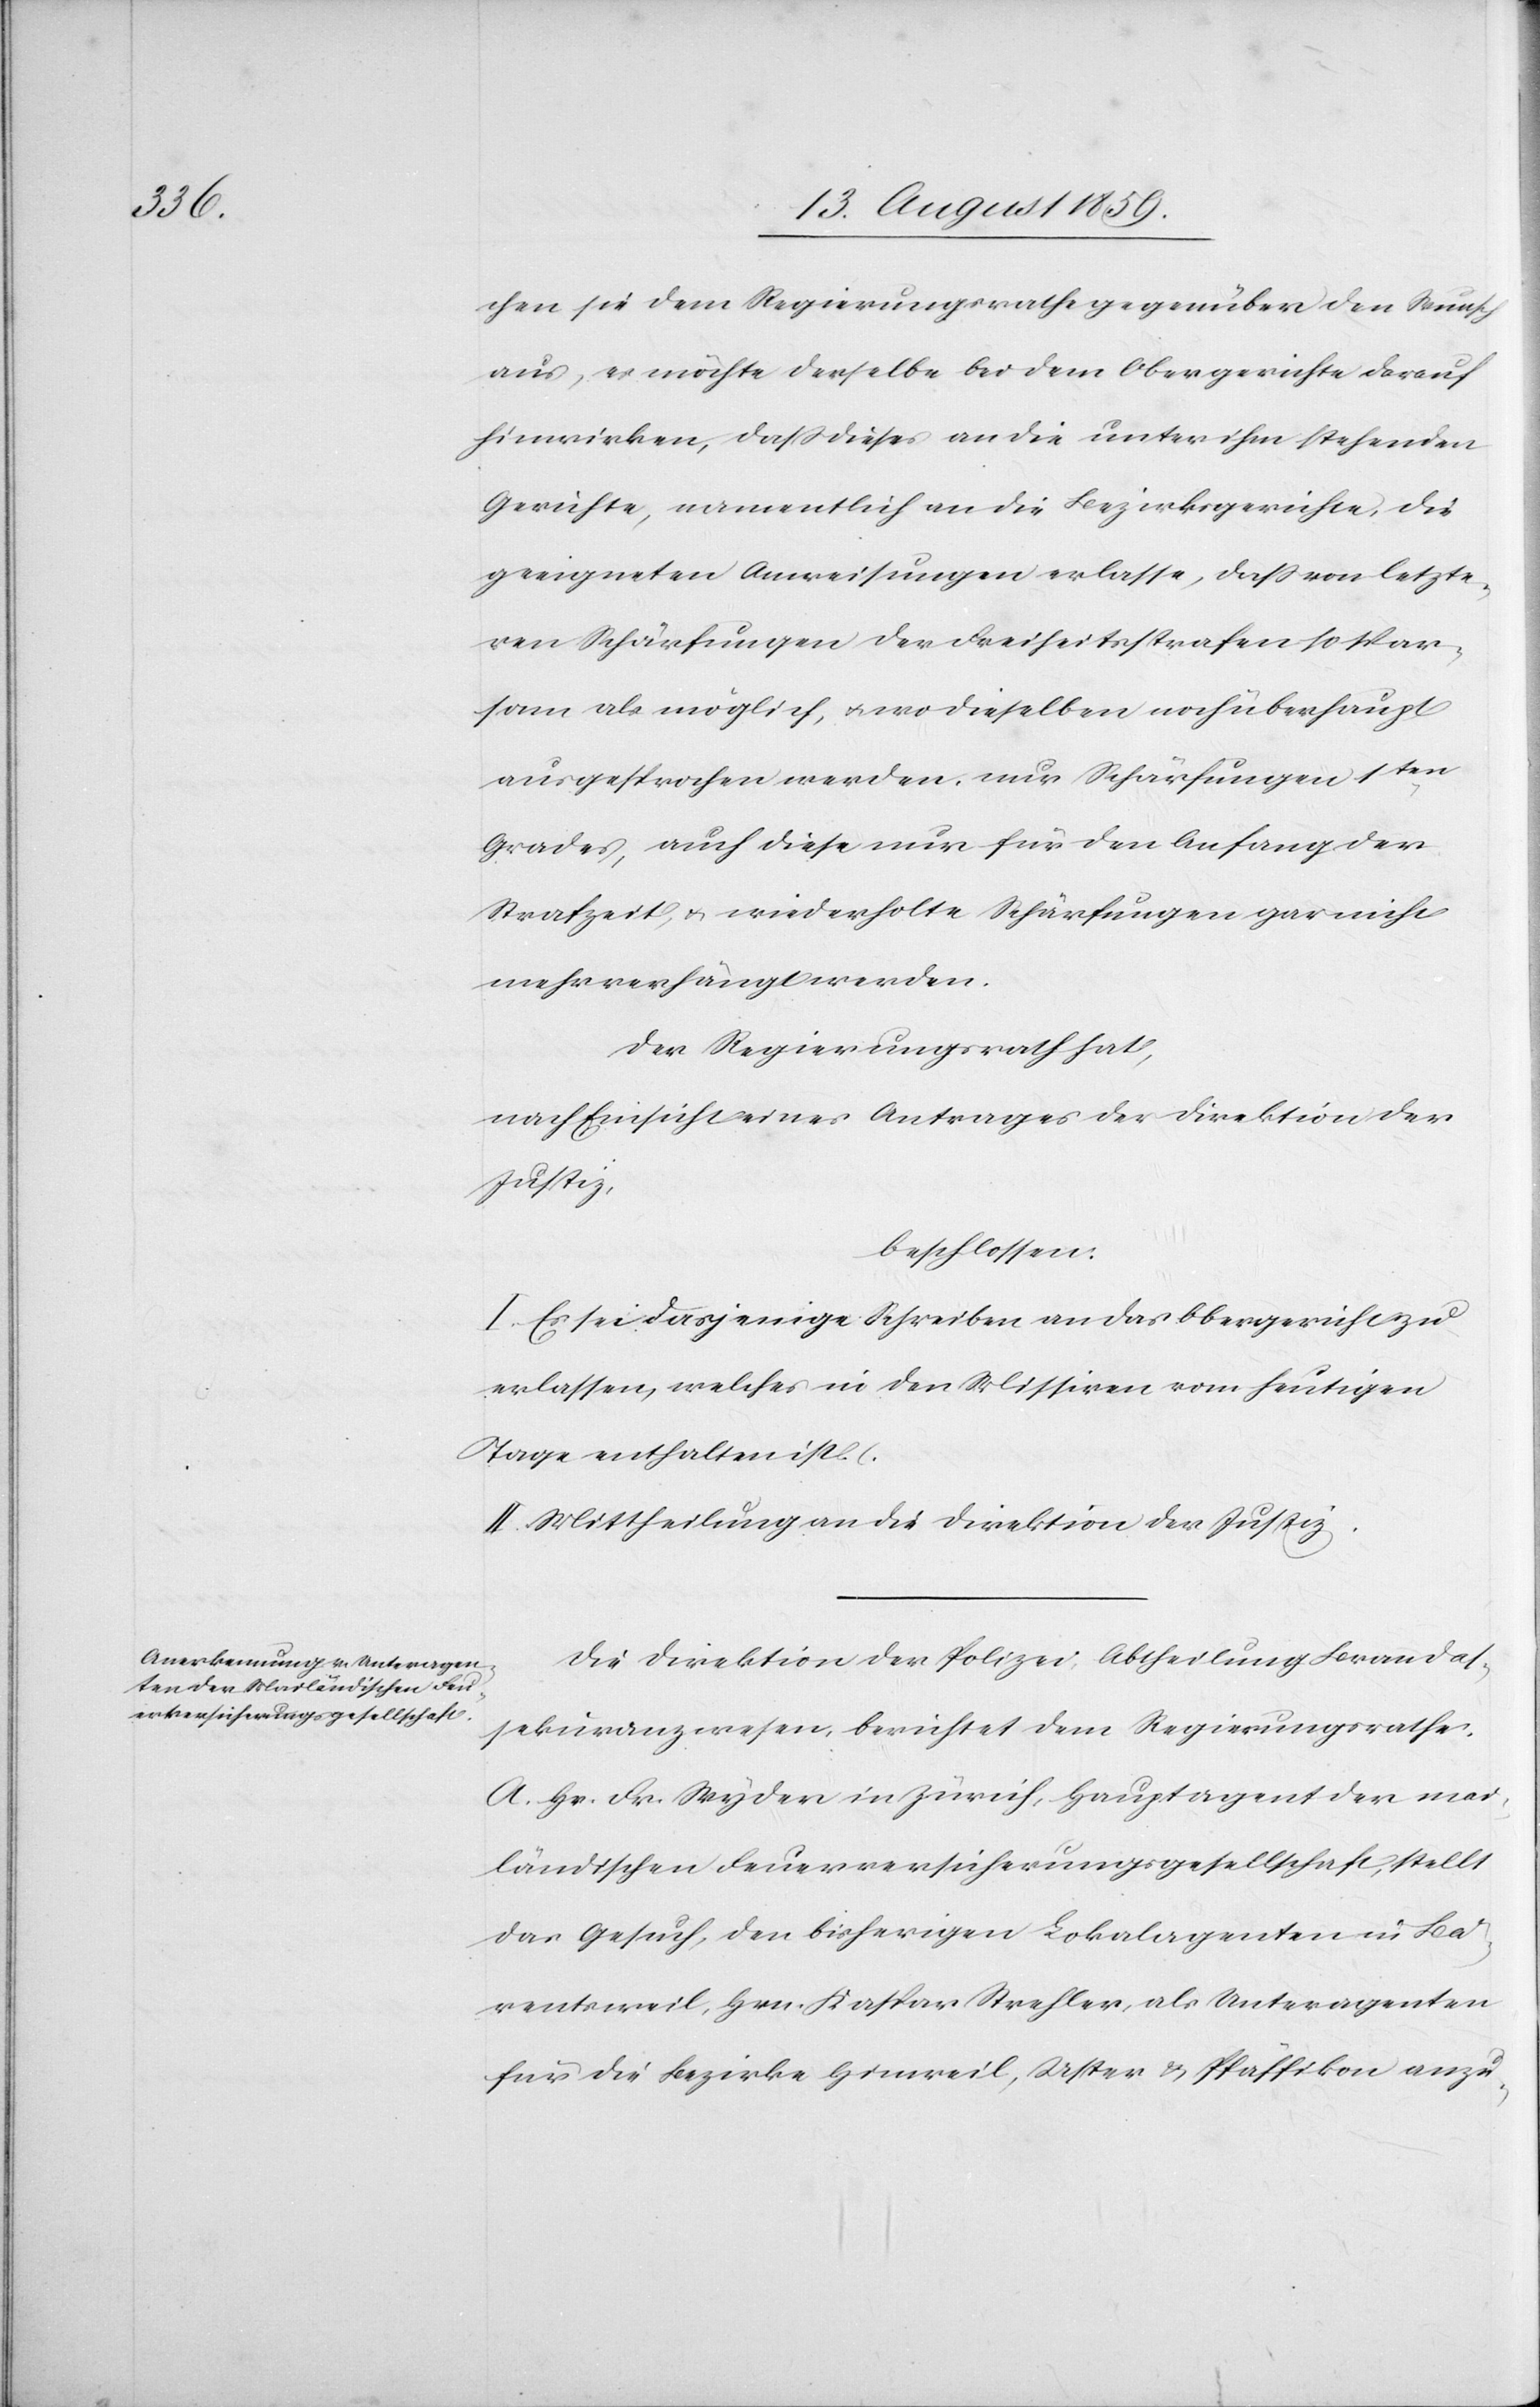
chen sie dem Regierungsrathe gegenüber den Wunsch
aus, es möchte derselbe bei dem Obergerichte darauf
hinwirken, daß dieses an die unter ihm stehenden
Gerichte, namentlich an die Bezirksgerichte, die
geeigneten Anweisungen erlasse, daß von letzte¬
ren Schärfungen der Freiheitsstrafen so spar¬
sam als möglich, u. wo dieselben noch überhaupt
ausgesprochen werden, nur Schärfungen 1ten.
Grades, auch diese nur für den Anfang der
Strafzeit, u. wiederholte Schärfungen gar nicht
mehr verhängt werden.
Der Regierungsrath hat,
nach Einsicht eines Antrages der Direktion der
Justiz,
beschlossen:
I. Es sei dasjenige Schreiben an das Obergericht zu
erlassen, welches in den Missiven vom heutigen
Tage enthalten ist.
II. Mittheilung an die Direktion der Justiz.
Die Direktion der Polizei, Abtheilung Brandas¬
sekuranzwesen, berichtet dem Regierungsrathe.
A. Hr. Fr. Wyder in Zürich, Hauptagent der mai¬
ländischen Feuerversicherungsgesellschaft, stellt
das Gesuch, den bisherigen Lokalagenten in Bä¬
rentsweil, Hrn. Kaspar Strehler, als Unteragenten
für die Bezirke Hinweil, Uster u. Pfäffikon anzu-